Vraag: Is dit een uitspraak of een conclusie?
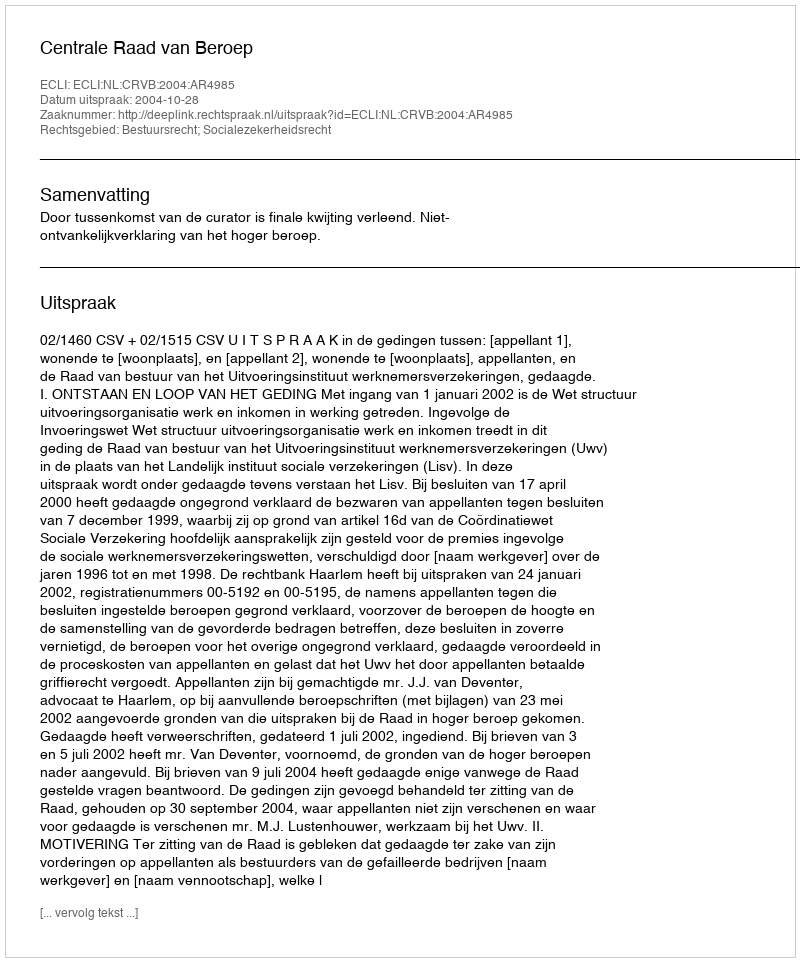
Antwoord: Uitspraak